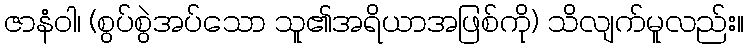
ဇာနံဝါ၊ (စွပ်စွဲအပ်သော သူ၏အရိယာအဖြစ်ကို) သိလျက်မူလည်း။